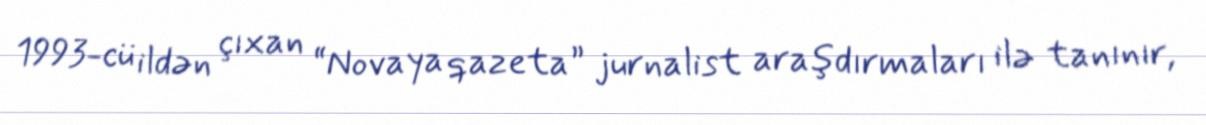
1993-cü ildən çıxan “Novaya qazeta” jurnalist araşdırmaları ilə tanınır,